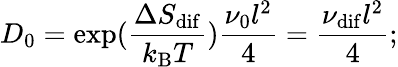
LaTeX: D_{0}=\exp(\frac{\Delta S_{\mathrm{dif}}}{k_{\mathrm{B}}T})\frac{\nu_{0}l^{2}}{4}=\frac{\nu_{\mathrm{dif}}l^{2}}{4};